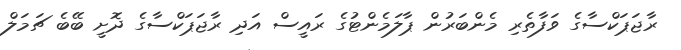
ރާޖަޕަކްސާގެ ވަފާތެރި މެންބަރުން ޕާލަމެންޓުގެ ރައީސް އަދި ރާޖަޕަކްސާގެ ދޮށީ ބޭބެ ޗަމަލް